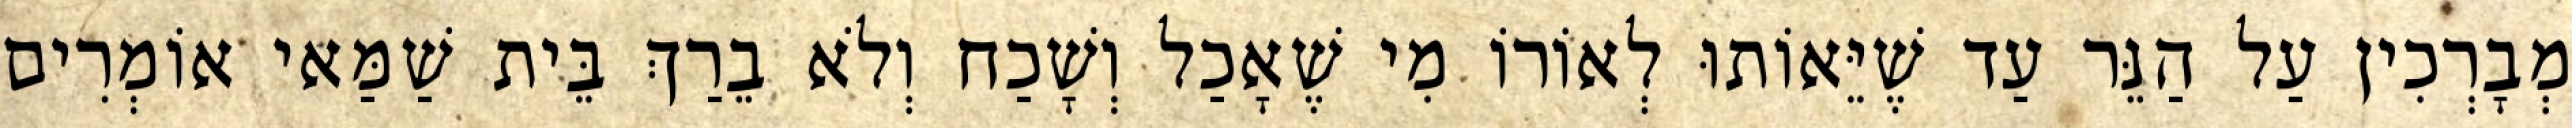
מְבָרְכִין עַל הַנֵּר עַד שֶׁיֵּאוֹתוּ לְאוֹרוֹ מִי שֶׁאָכַל וְשָׁכַח וְלֹא בֵרַךְ בֵּית שַׁמַּאי אוֹמְרִים